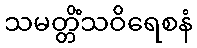
သမတ္တိံသဝိရေစနံ